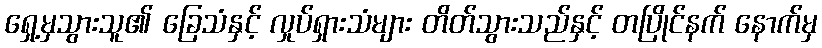
ရှေ့မှသွားသူ၏ ခြေသံနှင့် လှုပ်ရှားသံများ တိတ်သွားသည်နှင့် တပြိုင်နက် နောက်မှ